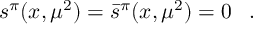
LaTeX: s ^ { \pi } ( x , \mu ^ { 2 } ) = \bar { s } ^ { \pi } ( x , \mu ^ { 2 } ) = 0 \; \; \; .